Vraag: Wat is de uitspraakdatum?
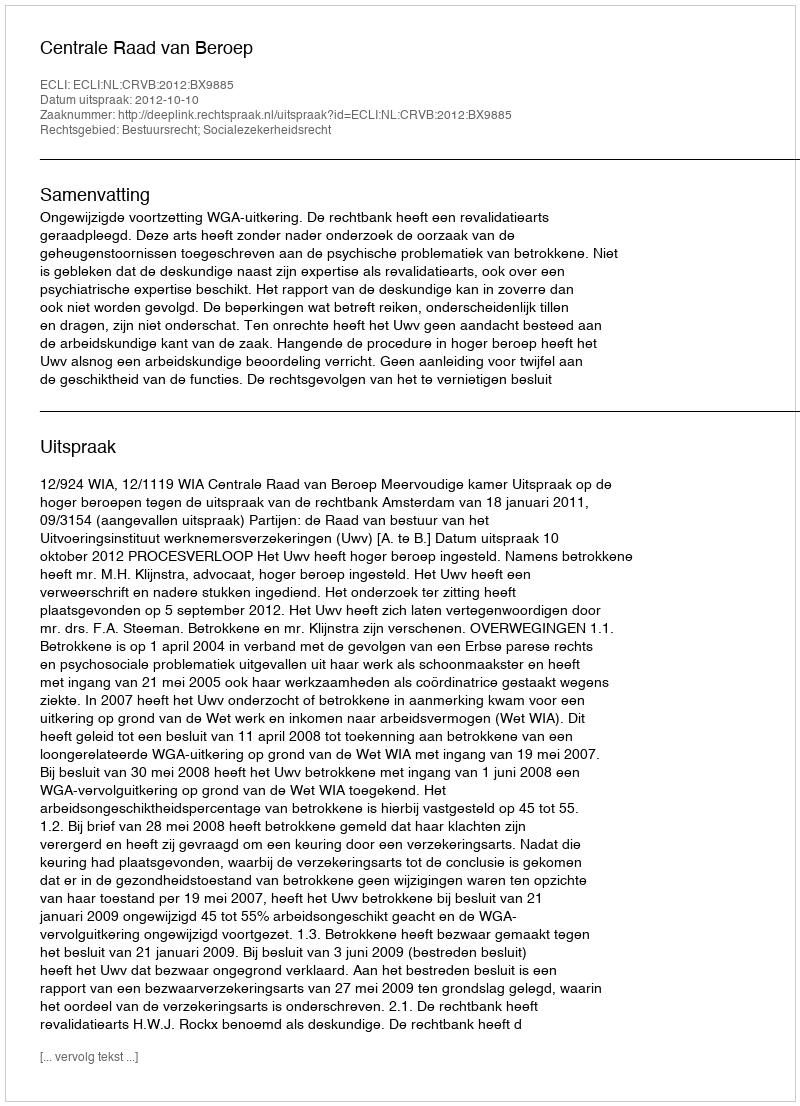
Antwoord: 2012-10-10